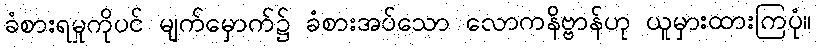
ခံစားရမှုကိုပင် မျက်မှောက်၌ ခံစားအပ်သော လောကနိဗ္ဗာန်ဟု ယူမှားထားကြပုံ။